Scottish Leaving Certificate Examination, 1958
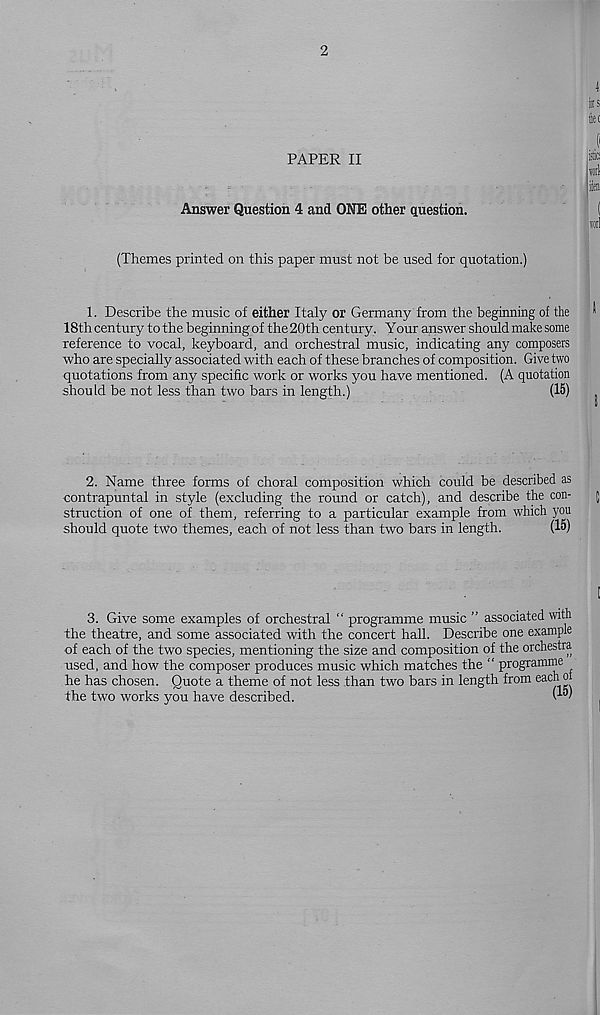
PAPER II
Answer Question 4 and ONE other question.
(Themes printed on this paper must not be used for quotation.)
1. Describe the music of either Italy or Germany from the beginning of the
18th century to the beginning of the 20th century . Your answer should make some
reference to vocal, keyboard, and orchestral music, indicating any composers
who are specially associated with each of these branches of composition. Give two
quotations from any specific work or works you have mentioned. (A quotation
should be not less than two bars in length.)
(15)
2. Name three forms of choral composition which could be described as
contrapuntal in style (excluding the round or catch), and describe the con-
struction of one of them, referring to a particular example from which you
should quote two themes, each of not less than two bars in length.
(15)
3. Give some examples of orchestral “ programme music ” associated with
the theatre, and some associated with the concert hall. Describe one example
of each of the two species, mentioning the size and composition of the orchestra
used, and how the composer produces music which matches the “ programme
he has chosen. Quote a theme of not less than two bars in length from eac h
the two works you have described.